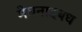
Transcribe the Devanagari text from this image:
मेघनादबध